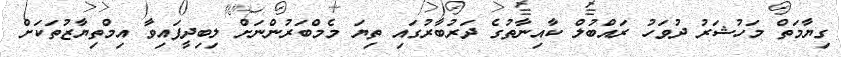
ގިޔާމަތް މަހުޝަރު ދުވަހު ރައްބުލް ކާއިނާތުގެ ދަރުބާރުގައި ތިޔަ މެމްބަރުންނަށް ލިބިދީފައިވާ އިމްތިޔާޒުތަކަށް